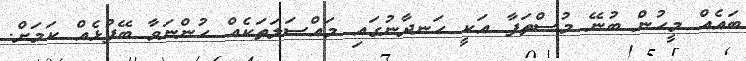
ބައެއް މީހުން ބުނޭ މުސްތަފާ އަކީ ހަނދާނުގައި މައްސަލަތަކެއް ހުންނަވާ ބޭފުޅެއް ކަމަށް.